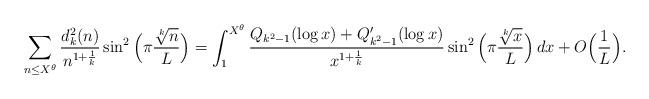
LaTeX: \begin{align*} \sum_{n \le X^{\theta}} \frac{d_k^2(n)}{n^{1+\frac1k}}\sin^2\Big(\pi \frac{\sqrt[k]{n}}{L} \Big) =\int_1^{X^{\theta}}\frac{Q_{k^2-1}(\log x)+Q_{k^2-1}'(\log x)}{x^{1+\frac1k}} \sin^2\Big(\pi \frac{\sqrt[k]{x}}{L} \Big) \, dx+O\Big(\frac{1}{L} \Big).\end{align*}